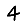
Digit: 4